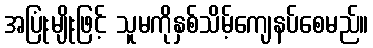
အပြုံးမျိုးဖြင့် သူမကိုနှစ်သိမ့်ကျေနပ်စေမည်။